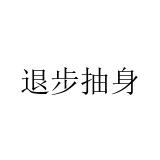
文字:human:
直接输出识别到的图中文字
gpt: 退步抽身